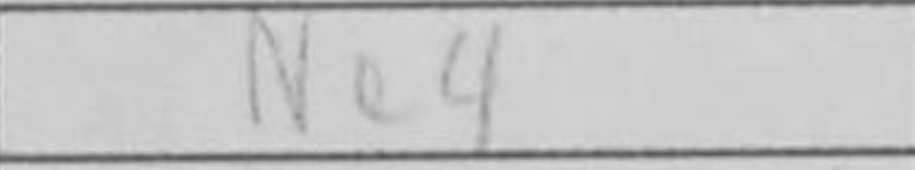
Transcription: Ne4